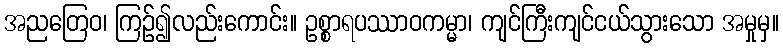
အညတြေဝ၊ ကြဉ်၍လည်းကောင်း။ ဥစ္စာရပဿာဝကမ္မာ၊ ကျင်ကြီးကျင်ငယ်သွားသော အမှုမှ။